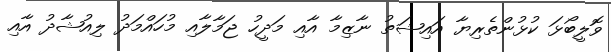
ވޮލީބޯޅަ ކުޅުންތެރިޔާ އައިޝަތު ނާޒިމާ އާއި މަދީހު ޖަމާލާއި މުހައްމަދު ލިއުޝާދު އާއި